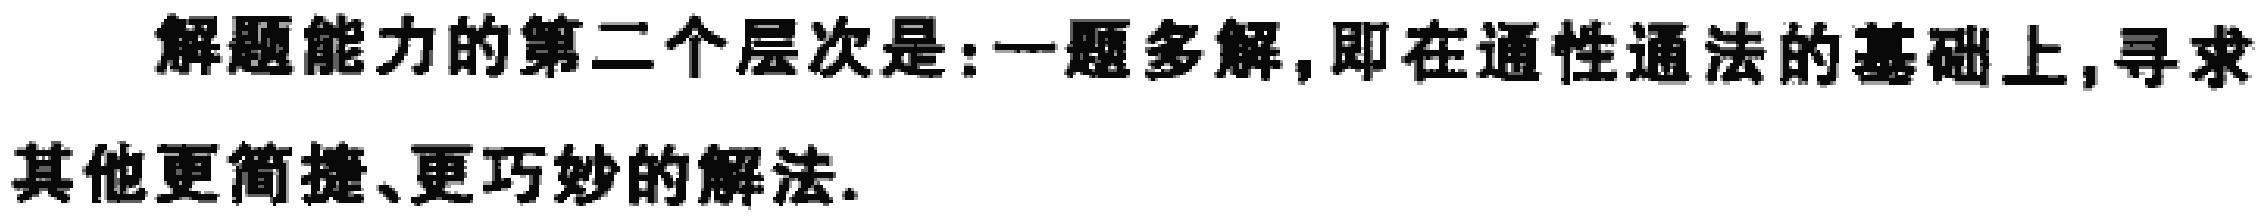
解题能力的第二个层次是:一题多解,即在通性通法的基础上,寻求其他更简捷、更巧妙的解法.